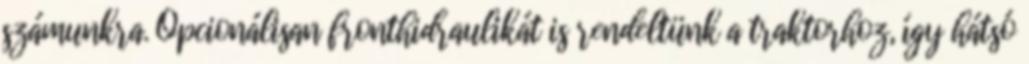
számunkra. Opcionálisan fronthidraulikát is rendeltünk a traktorhoz, így hátsó